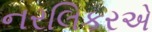
નરલિકરએ